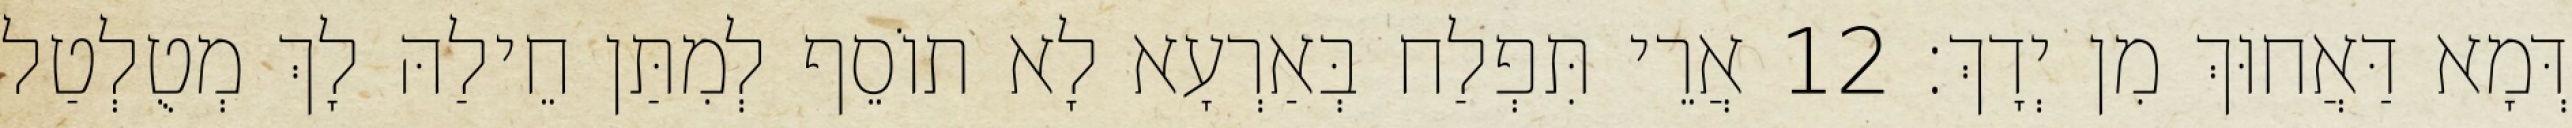
דְּמָא דַּאֲחוּךְ מִן יְדָךְ׃ 12 אֲרֵי תִּפְלַח בְּאַרְעָא לָא תוֹסֵף לְמִתַּן חֵילַהּ לָךְ מְטֻלְטַל